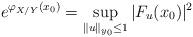
LaTeX: \begin{align*}e^{\varphi_{X/Y}(x_0)}= \sup_{\Vert u\Vert_{y_0}\leq 1} |F_u (x_0)|^2\end{align*}